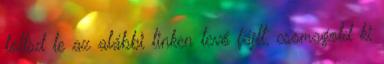
töltsd le az alábbi linken levő fájlt, csomagold ki